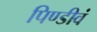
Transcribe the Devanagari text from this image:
पिण्डीवं